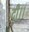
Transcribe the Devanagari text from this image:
दी।।